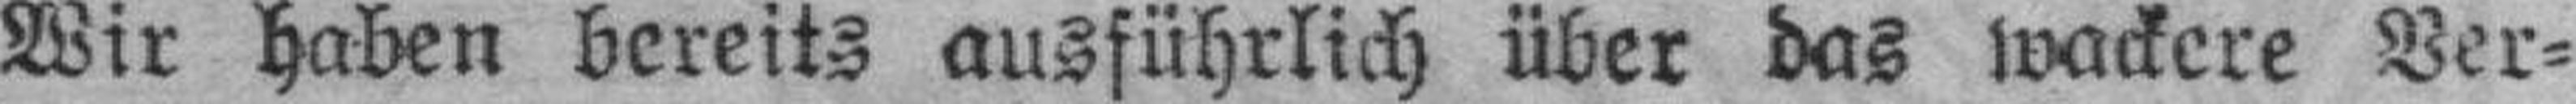
Wir haben bereits ausführlich über das wackere Ver¬